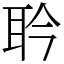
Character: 耹